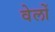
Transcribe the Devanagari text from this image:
वेलों